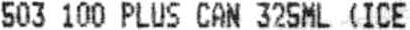
503 100 PLUS CAN 325ML (ICE